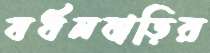
বর্ধনবাড়ির